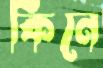
কিনে